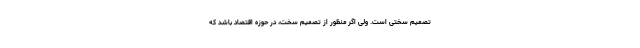
تصمیم سختی است. ولی اگر منظور از تصمیم سخت، در حوزه اقتصاد باشد که